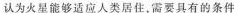
认为火星能够适应人类居住，需要具有的条件